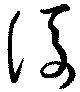
後